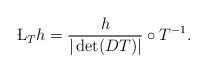
LaTeX: \begin{align*}\L_T h = \frac{h}{|\det (DT)|} \circ T^{-1}.\end{align*}